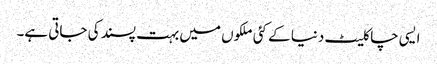
ایسی چاکلیٹ دنیا کے کئی ملکوں میں بہت پسند کی جاتی ہے۔